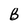
Character: B